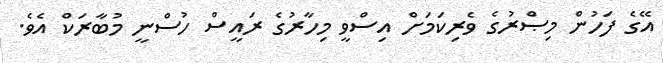
އޭގެ ފަހުން މިޞްރުގެ ވެރިކަމަށް އިސްވީ މިހާރުގެ ރައީސް ހުސްނީ މުބާރަކް އެވެ.